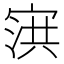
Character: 𰍌